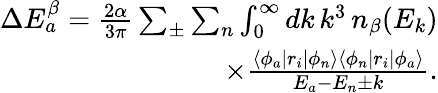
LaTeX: \begin{array}{r}{\Delta E_{a}^{\beta}=\frac{2\alpha}{3\pi}\sum_{\pm}\sum_{n}\int_{0}^{\infty}dk\, k^{3}\, n_{\beta}(E_{k})}\\ {\times\frac{\langle\phi_{a}|r_{i}|\phi_{n}\rangle\langle\phi_{n}|r_{i}|\phi_{a}\rangle}{E_{a}-E_{n}\pm k}.}\end{array}